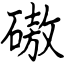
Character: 磝